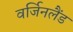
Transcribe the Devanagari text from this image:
वर्जिनलैंड